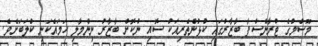
މޫސުމުގެ ޓްރާންސްފާ ބާޒާރުގައި ކުޅުންތެރިއަކު ސޮއި ނުކޮށް ބާޒާރު ނިންމާލި ހަމައެކަނި ކްލަބަށެވެ.